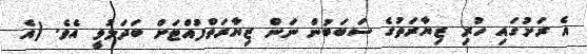
އެ ރަށުގައި ހުރި ޒިޔާރަތުގެ ސަބަބުން ނަން ޒިޔާރަތްފުއްޓަށް ބަދަލުވީ އެވެ. (އެ